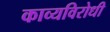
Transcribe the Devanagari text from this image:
काव्यविरोधी